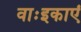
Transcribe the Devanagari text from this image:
वाःइकाएं